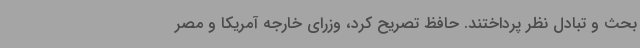
بحث و تبادل نظر پرداختند. حافظ تصریح کرد، وزرای خارجه آمریکا و مصر